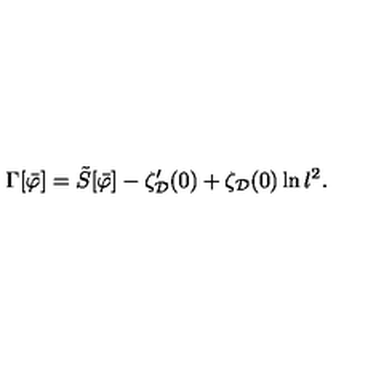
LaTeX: \Gamma [ \bar { \varphi } ] = \tilde { S } [ \bar { \varphi } ] - \zeta _ { \cal D } ^ { \prime } ( 0 ) + \zeta _ { \cal D } ( 0 ) \ln l ^ { 2 } .